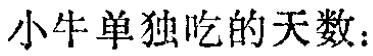
小牛单独吃的天数：